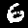
Digit: 6